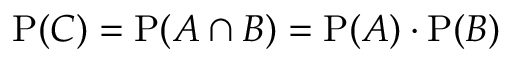
\operatorname { P } ( C ) = \operatorname { P } ( A \cap B ) = \operatorname { P } ( A ) \cdot \operatorname { P } ( B )